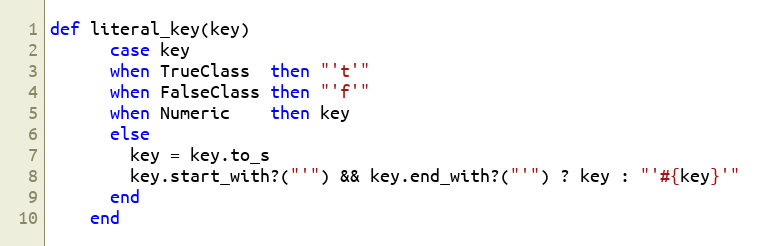
Language: Ruby
def literal_key(key)
      case key
      when TrueClass  then "'t'"
      when FalseClass then "'f'"
      when Numeric    then key
      else
        key = key.to_s
        key.start_with?("'") && key.end_with?("'") ? key : "'#{key}'"
      end
    end